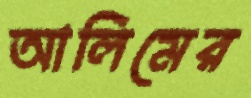
আলিমের